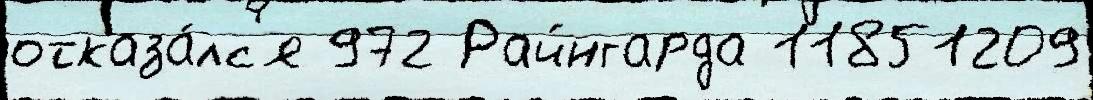
отказа́лс'я 972 Райнгарда 11851209